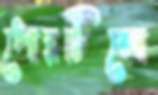
পোরটিলো